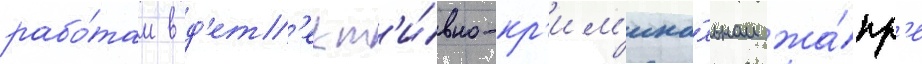
рабо́там в д'ет'ект'и́вно-кр'им'ина́льном жа́нр'е